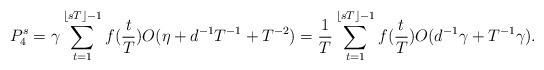
LaTeX: \begin{align*} P_4^s&= \gamma \sum_{t=1}^{\lfloor sT\rfloor-1}f(\frac{t}{T}) O( \eta+ d^{-1}T^{-1}+T^{-2}) = \frac{1}{T} \sum_{t=1}^{\lfloor sT\rfloor-1}f(\frac{t}{T}) O(d^{-1}\gamma+T^{-1}\gamma). \end{align*}